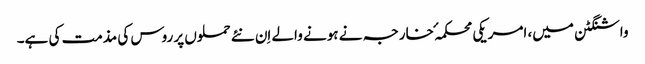
واشنگٹن میں، امریکی محکمہٴ خارجہ نے ہونے والے اِن نئے حملوں پر روس کی مذمت کی ہے۔